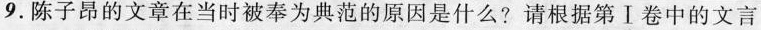
9.陈子昂的文章在当时被奉为典范的原因是什么?请根据第Ⅰ卷中的文言